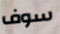
سوف